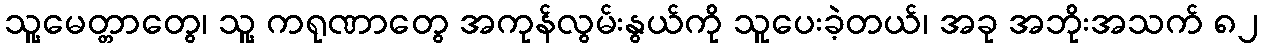
သူ့မေတ္တာတွေ၊ သူ့ ကရုဏာတွေ အကုန်လွမ်းနွယ်ကို သူပေးခဲ့တယ်၊ အခု အဘိုးအသက် ၈၂